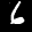
Label: 6